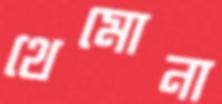
থেমোনা